Lunatic asylums Central Provinces reports 1886-1894 - 1886-1894
Year: 1886
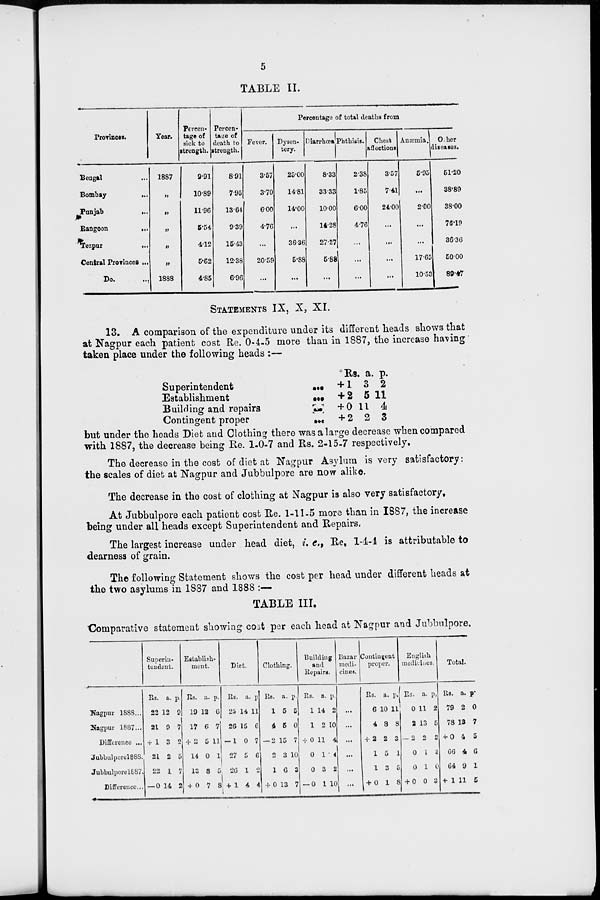
5
TABLE II.
Provinces.
Bengal ...
Bombay
...
Punjab
...
Rangoon
...
Tezpur ...
Central Provinces ...
Do. ...
Year.
1887
„
„
„
„
„
1888
Percen-
tage of
sick to
strength.
9.91
10.89
1196
5.54
4.12
5.62
4.85
Percen-
tage of
death to
strength.
8.91
7.95
13.64
9.39
15.43
12.38
6.96
Percentage of total deaths from
Fever.
3.57
3.70
6.00
4.76
...
20.59
...
Dysen-
tery.
25.00
14.81
14.00
...
36.36
5.88
...
Diarrhœa
8.33
33.33
10.00
14.28
27.27
5.88
...
Phthisis.
2.38
1.85
6.00
4.76
...
...
...
Cheat
affections
3.57
7.41
24.00
...
...
...
...
Anæmia.
5.95
...
2.00
...
...
17.65
10.53
Other
diseases.
51.20
38.89
38.00
76.19
36.36
50.00
89.47
STATEMENTS IX, X, XI.
13. A comparison of the expenditure under its different heads shows that
at Nagpur each patient cost Re. 0-4-5 more than in 1887, the increase having
taken place under the following heads :—
Superintendent
...
Establishment
...
Building and repairs
...
Contingent proper
...
Rs.
+ 1
+ 2
+ 0
+ 2
a.
3
5
11
2
p.
2
11
4
3
but under the heads Diet and Clothing there was a large decrease when compared
with 1887, the decrease being Re. 1-0-7 and Rs. 2-15-7 respectively.
The decrease in the cost of diet at Nagpur Asylum is very satisfactory:
the scales of diet at Nagpur and Jubbulpore are now alike.
The decrease in the cost of clothing at Nagpur is also very satisfactory.
At Jubbulpore each patient cost Re. 1-11-5 more than in 1887, the increase
being under all heads except Superintendent and Repairs.
The largest increase under head diet, i. e., Re, 1-4-4 is attributable to
dearness of grain.
The following Statement shows the cost per head under different heads at
the two asylums in 1837 and 1888 :—
TABLE III.
Comparative statement showing cost per each head at Nagpur and Jubbulpore.
Nagpur 1888...
Nagpur 1887...
Difference ...
Jubbulpore 1888.
Jubbulpore 1887.
Difference...
Superin-
tendent.
Rs.
22
21
+ 1
21
22
— 0
a.
12
0
3
2
1
14
p.
9
7
2
5
7
2
Establish-
ment.
Rs.
19
17
+2
14
13
+ 0
a.
12
6
5
0
8
7
p.
6
7
11
1
5
8
Diet.
Rs.
25
26
-1
27
26
+ 1
a. p
14 11
15
0
5
1
4
6
7
6
2
4
Clothing.
Rs.
1
4
-2
2
1
+ 0
a.
5
5
15
3
6
13
p.
5
0
7
10
3
7
Building
ami
Repairs.
Rs.
1
1
+ 0
0
0
— 0
a.
14
2
11
1
3
1
p.
2
10
4
4
2
10
Bazar
medi-
cines.
...
...
...
...
...
...
Contingent
proper.
Rs.
6
4
+ 2
1
1
+ 0
a.
10
8
2
5
3
1
p.
11
8
3
1
5
8
English
medicines.
Rs.
0
2
-2
0
0
+ 0
a.
11
13
2
1
1
0
p.
2
5
3
3
0
2
Total.
Rs.
79
78
+ 0
66
64
+ 1
a.
2
13
4
4
9
11
p.
0
7
5
6
1
5